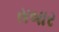
સબાર